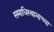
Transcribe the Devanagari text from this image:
समाधिस्थानाच्या